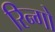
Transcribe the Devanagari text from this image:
रिन्गो